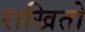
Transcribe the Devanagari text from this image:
राखितो